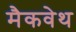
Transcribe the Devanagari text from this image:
मैकवेथ